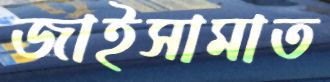
জাইসামাত